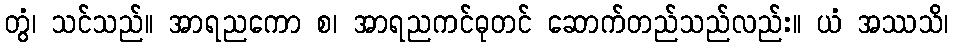
တွံ၊ သင်သည်။ အာရညကော စ၊ အာရညကင်ဓုတင် ဆောက်တည်သည်လည်း။ ယံ အဿသိ၊